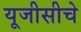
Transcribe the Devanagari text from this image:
यूजीसीचे